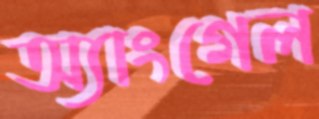
অ্যাংগেল